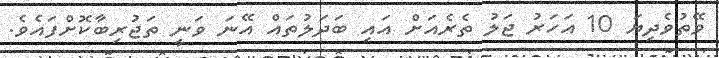
ވޭތުވެދިޔަ 10 އަހަރު ޖަލު ތެރެއަށް އައި ބަދަލުތައް އޭނަ ވަނީ ތަޖުރިބާކޮށްފައެވެ.